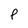
Character: P